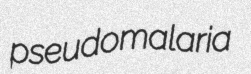
pseudomalaria